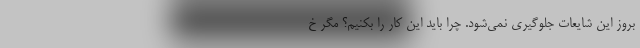
بروز این شایعات جلوگیری نمی‌شود. چرا باید این کار را بکنیم؟ مگر خ